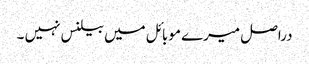
دراصل میرے موبائل میں بیلنس نہیں ۔